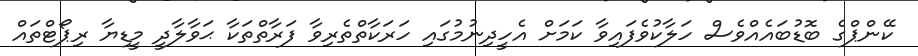
ކޭންޕްގެ ބޮޑުބައެއްވެސް ހަލާކުވެފައިވާ ކަމަށް އެހީދިނުމުގައި ހަރަކާތްތެރިވާ ފަރާތްތަކާ ޙަވާލާދީ މީޑިޔާ ރިޕޯޓްތައް